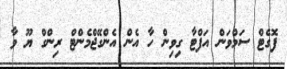
ފޮގެޓް ސަމްވަން އަފްޓާ ގިވިން ހާ އެން އެންގޭޖްމެންޓް ރިންގް ޔޫ ވާ